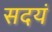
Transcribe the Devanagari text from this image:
सदयं